Plague in India, 1896, 1897 - Volume 1
Year: 1896
Disease focus: Plague
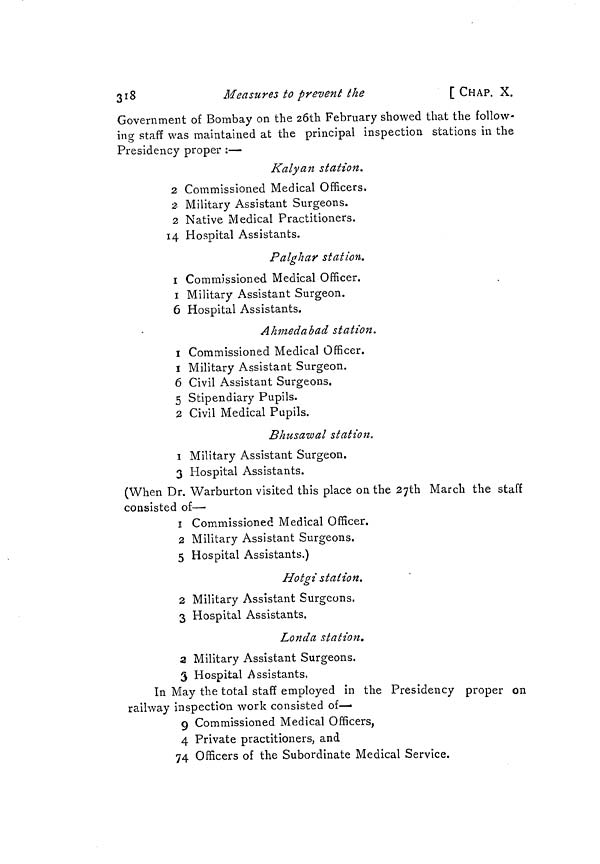
318
Measures to prevent the
[ CHAP. X.
Government of Bombay on the 26th February showed that the follow-
ing staff was maintained at the principal inspection stations in the
Presidency proper :—
Kalyan station.
2 Commissioned Medical Officers.
2 Military Assistant Surgeons.
2 Native Medical Practitioners.
14 Hospital Assistants.
Palghar station.
1 Commissioned Medical Officer.
1 Military Assistant Surgeon.
6 Hospital Assistants.
Ahmedabad station.
I Commissioned Medical Officer.
1 Military Assistant Surgeon.
6 Civil Assistant Surgeons.
5 Stipendiary Pupils.
2 Civil Medical Pupils.
Bhusawal station.
1 Military Assistant Surgeon.
3 Hospital Assistants.
(When Dr. Warburton visited this place on the 27th March the staff
consisted of—
1 Commissioned Medical Officer.
2 Military Assistant Surgeons.
5 Hospital Assistants.)
Hotgi station.
2 Military Assistant Surgeons.
3 Hospital Assistants.
Londa station.
2 Military Assistant Surgeons.
3 Hospital Assistants.
In May the total staff employed in the Presidency proper on
railway inspection work consisted of—
9 Commissioned Medical Officers,
4 Private practitioners, and
74 Officers of the Subordinate Medical Service.